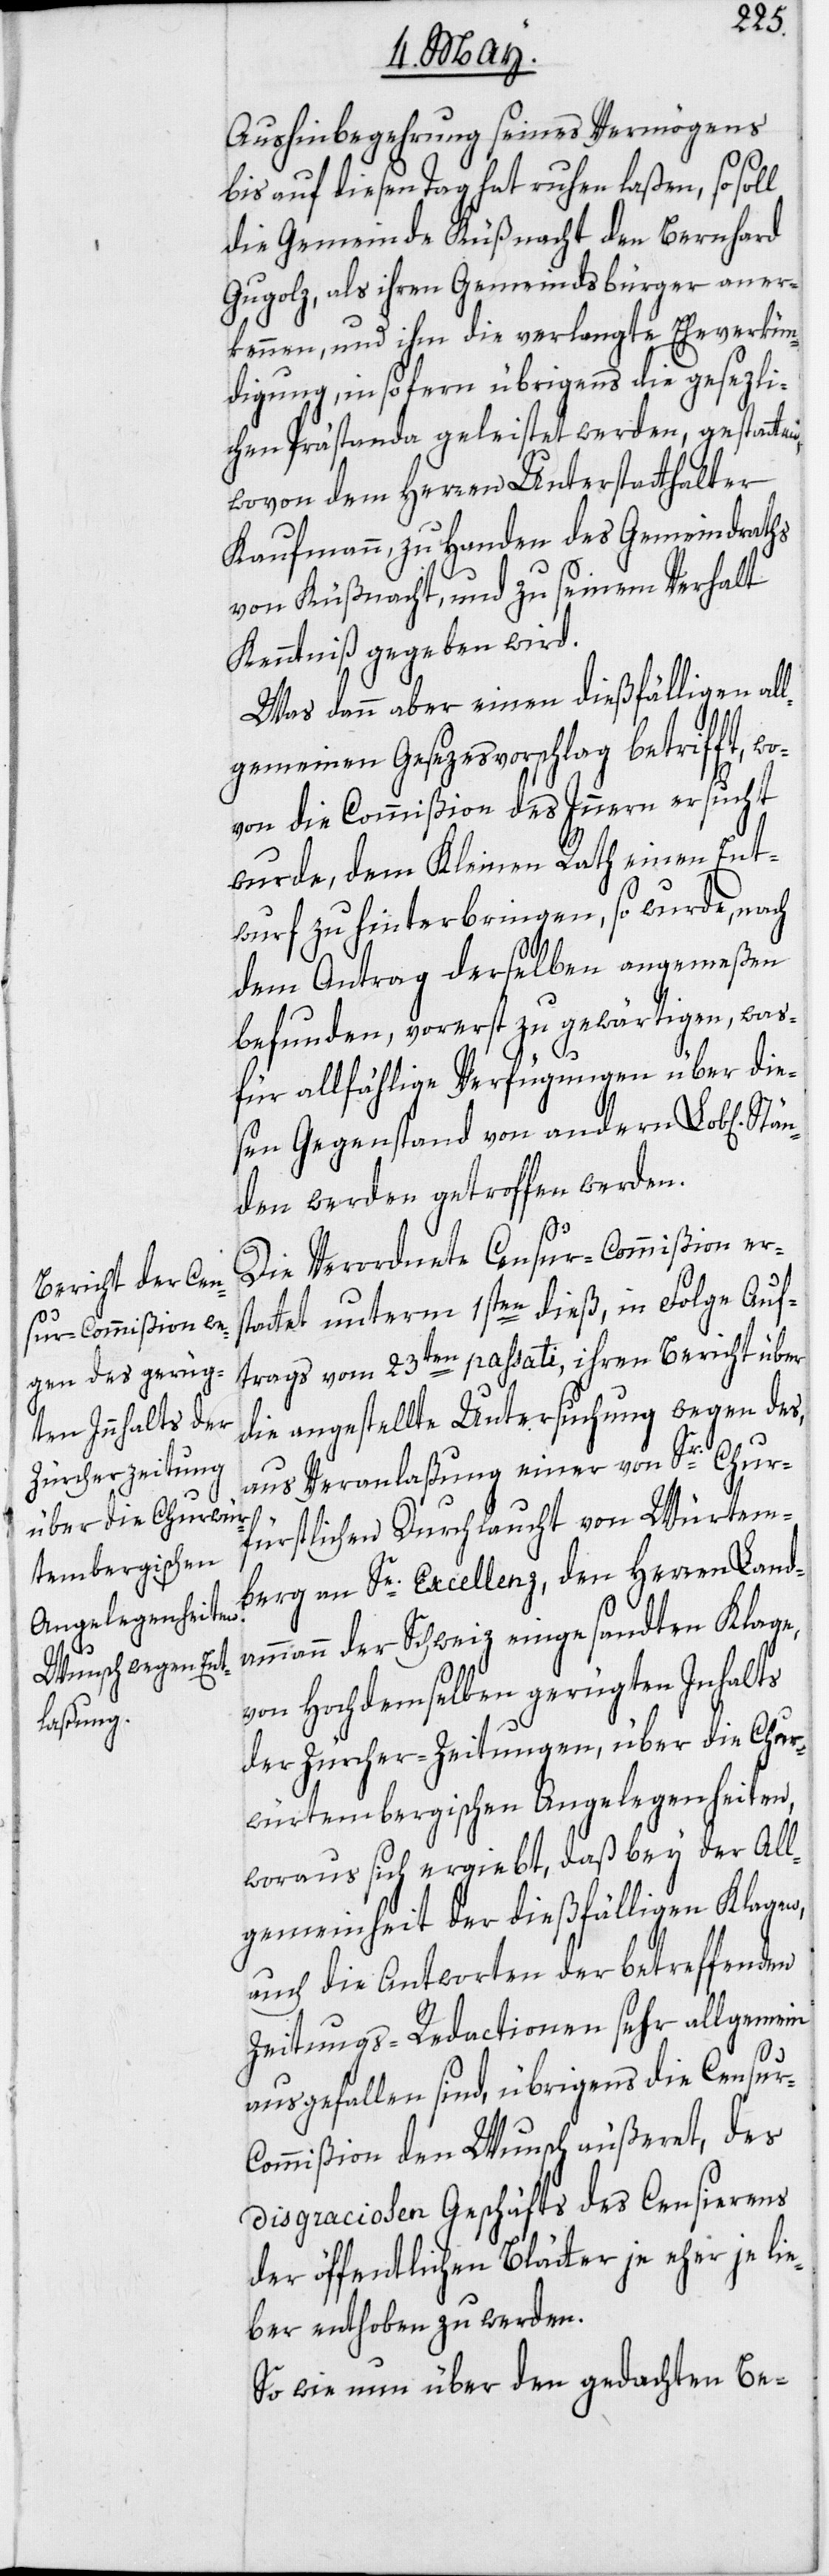
Aushinbegehrung seines Vermögens
bis auf diesen Tag hat ruhen laßen, so sol¬
die Gemeinde Küßnacht den Bernhard
Gugolz, als ihren Gemeindsbürger aner¬
kennen, und ihm die verlangte Eheverkün¬
digung, insofern übrigens die gesezli¬
chen Prästanda geleistet werden, gestatten,
wovon dem Herren Unterstatthalter
Kaufmann, zu Handen des Gemeindraths
von Küßnacht, und zu seinem Verhalt
Kenntniß gegeben wird.
Was dann aber einen dießfälligen all¬
gemeinen Gesezesvorschlag betrifft, wo¬
von die Commißion des Innern ersucht
wurde, dem Kleinen Rath einen Ent¬
wurf zu hinterbringen, so wurde, nach
dem Antrag derselben angemeßen
befunden, vorerst zu gewärtigen, was
für allfählige Verfügungen über die¬
sen Gegenstand von andern Lob[lichen]
nden werden getroffen werden.
l
Die Verordnete Censur-Commißion ers¬
tattet unterm 1sten dieß, in Folge Auf¬
trags vom 23ten passati, ihren Bericht über
die angestellte Untersuchung wegen des,
aus Veranlaßung einer von Sr. Chur¬
fürstlichen Durchlaucht von Würtem¬
berg an Se. Excellenz, den Herren Land¬
ammann der Schweiz eingesandten Klage,
von Hochdemselben gerügten Inhalts
der Zürcher-Zeitungen, über die Chur¬
würtembergischen Angelegenheiten,
woraus sich ergiebt, daß bey der All¬
gemeinheit der dießfälligen Klagen,
auch die Antworten der betreffenden
Zeitungs-Redactionen sehr allgemein
Stä¬
ausgefallen sind, übrigens die Censur-C¬
ommißion den Wunsch äußeret, des
disgraciosen Geschäfts des Censierens
der öffentlichen Blätter je eher je lie¬
ber enthoben zu werden.
So wie nun über den gedachten Be-